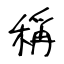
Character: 稱